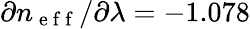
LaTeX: \partial n_{\mathrm{~e~f~f~}}/\partial\lambda=-1.078